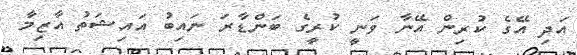
އަދި އޭގެ ކުރިން އޭނާ ވަނީ ކުރީގެ ބަންޑާރަ ނައިބު އައިޝަތު އާޒިމާ